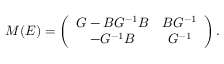
M ( E ) = \left( \begin{array} { c c } { { G - B G ^ { - 1 } B } } & { { B G ^ { - 1 } } } \\ { { - G ^ { - 1 } B } } & { { G ^ { - 1 } } } \end{array} \right) .